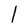
Character: l